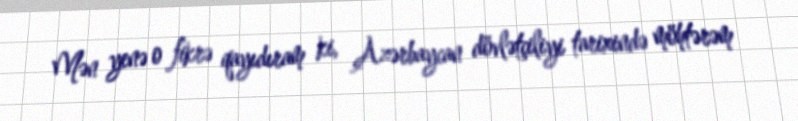
Mən yenə o fikrə qayıdıram ki, Azərbaycan dövlətçiliyi tarixində möhtərəm